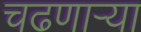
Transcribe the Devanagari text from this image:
चढणार्‍या